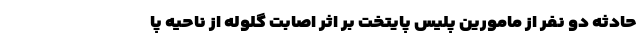
حادثه دو نفر از مامورین پلیس پایتخت بر اثر اصابت گلوله از ناحیه پا